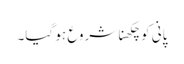
پانی کو چکھنا شروع ہو گیا۔